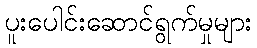
ပူးပေါင်းဆောင်ရွက်မှုများ